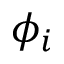
\phi _ { i }